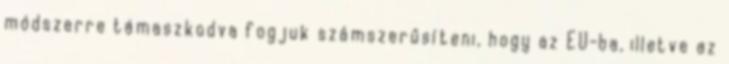
módszerre támaszkodva fogjuk számszerűsíteni, hogy az EU-ba, illetve az